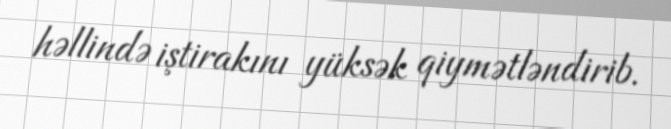
həllində iştirakını yüksək qiymətləndirib.